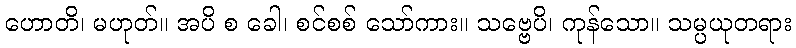
ဟောတိ၊ မဟုတ်။ အပိ စ ခေါ၊ စင်စစ် သော်ကား။ သဗ္ဗေပိ၊ ကုန်သော။ သမ္ပယုတရား